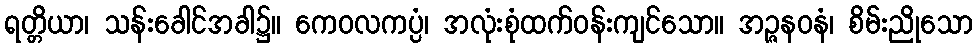
ရတ္တိယာ၊ သန်းခေါင်အခါ၌။ ကေဝလကပ္ပံ၊ အလုံးစုံထက်ဝန်းကျင်သော။ အဉ္ဇနဝနံ၊ စိမ်းညိုသော